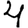
Digit: 4